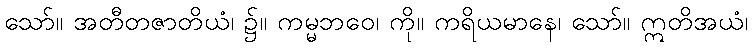
သော်။ အတီတဇာတိယံ၊ ၌။ ကမ္မဘဝေ၊ ကို။ ကရိယမာနေ၊ သော်။ ဣတိအယံ၊